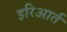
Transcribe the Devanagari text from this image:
इरिआर्त